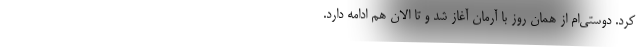
کرد. دوستی‌ام از همان روز با آرمان آغاز شد و تا الان هم ادامه دارد.